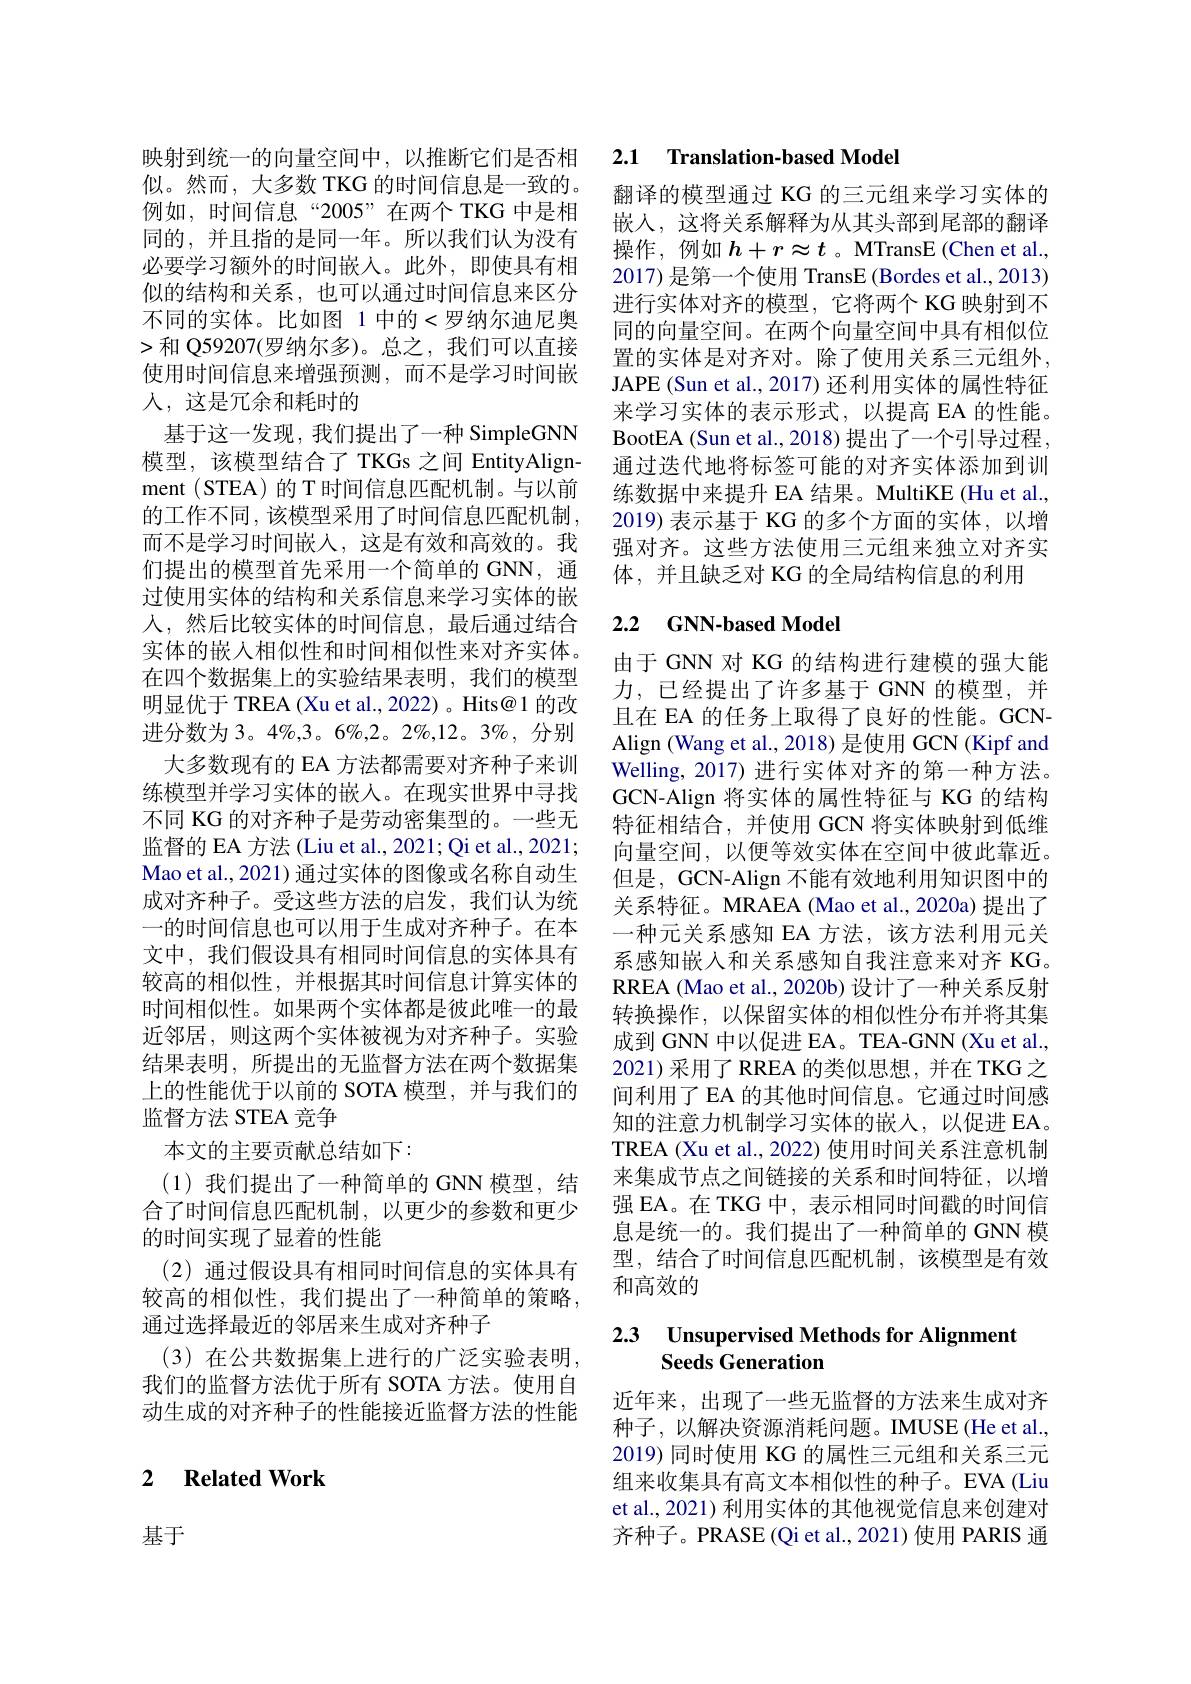
人，这是冗余和耗时的

映射到统一的向量空间中，以推断它们是否相似。然而，大多数 TKG 的时间信息是一致的。例如，时间信息“2005”在两个 TKG 中是相同的，并且指的是同一年。所以我们认为没有必要学习额外的时间嵌人。此外，即使具有相似的结构和关系，也可以通过时间信息来区分不同的实体。比如图 1 中的<罗纳尔迪尼奥>和 Q59207(罗纳尔多)。总之，我们可以直接使用时间信息来增强预测，而不是学习时间嵌基于这一发现，我们提出了一种 SimpleGNN 模型，该模型结合了 TKGs 之间 EntityAlignment (STEA)的 T 时间信息匹配机制。与以前的工作不同，该模型采用了时间信息匹配机制， 而不是学习时间嵌入，这是有效和高效的。我们提出的模型首先采用一个简单的 GNN, 通过使用实体的结构和关系信息来学习实体的嵌人，然后比较实体的时间信息，最后通过结合实体的嵌入相似性和时间相似性来对齐实体。在四个数据集上的实验结果表明，我们的模型明显优于 TREA (Xu et al., 2022) 。Hits@ 1 的改进分数为 3。4%,3。6%,2。2%,12。3%,分别
大多数现有的 EA 方法都需要对齐种子来训练模型并学习实体的嵌人。在现实世界中寻找不同 KG 的对齐种子是劳动密集型的。一些无监督的 EA 方法 (Liu et al., 2021; Qi et al., 2021; Mao et al., 2021) 通过实体的图像或名称自动生成对齐种子。受这些方法的启发，我们认为统一的时间信息也可以用于生成对齐种子。在本文中，我们假设具有相同时间信息的实体具有较高的相似性，并根据其时间信息计算实体的时间相似性。如果两个实体都是彼此唯一的最近邻居，则这两个实体被视为对齐种子。实验结果表明，所提出的无监督方法在两个数据集上的性能优于以前的 SOTA 模型，并与我们的监督方法 STEA 竞争
本文的主要贡献总结如下：
(1)我们提出了一种简单的 GNN 模型，结合了时间信息匹配机制，以更少的参数和更少的时间实现了显着的性能
(2) 通过假设具有相同时间信息的实体具有较高的相似性，我们提出了一种简单的策略， 通过选择最近的邻居来生成对齐种子
(3) 在公共数据集上进行的广泛实验表明， 我们的监督方法优于所有 SOTA 方法。使用自动生成的对齐种子的性能接近监督方法的性能

### 2 $\textbf{Related Work}$

基于

## 2.1 Translation-based Model

翻译的模型通过 KG 的三元组来学习实体的嵌人，这将关系解释为从其头部到尾部的翻译操作，例如$h+r\approx t$ 。MTransE (Chen et al., 2017) 是第一个使用 TransE (Bordes et al., 2013) 进行实体对齐的模型，它将两个 KG 映射到不同的向量空间。在两个向量空间中具有相似位置的实体是对齐对。除了使用关系三元组外， JAPE (Sun et al., 2017) 还利用实体的属性特征来学习实体的表示形式，以提高 EA 的性能。BootEA (Sun et al., 2018) 提出了一个引导过程， 通过迭代地将标签可能的对齐实体添加到训练数据中来提升 EA 结果。MultiKE (Hu et al., 2019)表示基于 KG 的多个方面的实体，以增强对齐。这些方法使用三元组来独立对齐实体，并且缺乏对 KG 的全局结构信息的利用

## 2.2 $\textbf{GNN- based Model}$

由于 GNN 对 KG 的结构进行建模的强大能力，已经提出了许多基于 GNN 的模型，并且在 EA 的任务上取得了良好的性能。GCNAlign (Wang et al., 2018) 是使用 GCN (Kipf and Welling, 2017) 进行实体对齐的第一种方法。GCN-Align 将实体的属性特征与 KG 的结构特征相结合，并使用 GCN 将实体映射到低维向量空间，以便等效实体在空间中彼此靠近。但是，GCN-Align 不能有效地利用知识图中的关系特征。MRAEA (Mao et al.,2020a) 提出了一种元关系感知 EA 方法，该方法利用元关系感知嵌入和关系感知自我注意来对齐 KG。RREA (Mao et al., 2020b) 设计了一种关系反射转换操作，以保留实体的相似性分布并将其集成到 GNN 中以促进 EA。TEA-GNN (Xu et al., 2021)采用了RREA 的类似思想，并在 TKG 之间利用了 EA 的其他时间信息。它通过时间感知的注意力机制学习实体的嵌入，以促进 EA。TREA (Xu et al., 2022) 使用时间关系注意机制来集成节点之间链接的关系和时间特征，以增强 EA。在 TKG 中，表示相同时间戳的时间信息是统一的。我们提出了一种简单的 GNN 模型，结合了时间信息匹配机制，该模型是有效和高效的

### 2.3 $\textbf{Unsupervised Methods for Alignment}$ Seeds Generation

近年来，出现了一些无监督的方法来生成对齐种子，以解决资源消耗问题。IMUSE(He et al., 2019) 同时使用 KG 的属性三元组和关系三元组来收集具有高文本相似性的种子。EVA (Liu et al., 2021) 利用实体的其他视觉信息来创建对齐种子。PRASE(Qi et al., 2021) 使用 PARIS 通